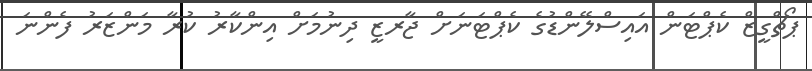
ޕޯޗްގީޒް ކެޕްޓަން އައިސްލޭންޑުގެ ކެޕްޓަނަށް ޖާރޒީ ދިނުމަށް އިންކާރު ކުރާ މަންޒަރު ފެންނަ